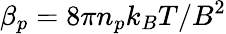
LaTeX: \beta_{p}=8\pi n_{p}k_{B}T/B^{2}